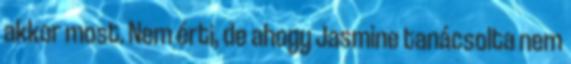
akkor most. Nem érti, de ahogy Jasmine tanácsolta nem